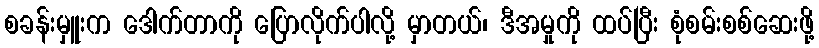
စခန်းမှူးက ဒေါက်တာကို ပြောလိုက်ပါလို့ မှာတယ်၊ ဒီအမှုကို ထပ်ပြီး စုံစမ်းစစ်ဆေးဖို့